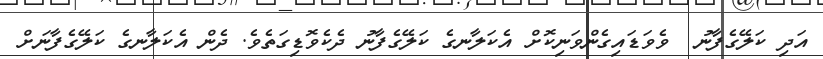
އަދި ކަލޭގެފާނު  ވެވަޑައިގެންވަނިކޮށް އެކަލާނގެ ކަލޭގެފާނު ދެކެވޮޑިގަތެވެ. ދެން އެކަލާނގެ ކަލޭގެފާނަށް